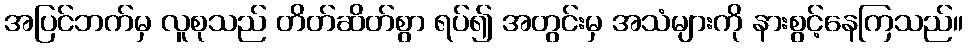
အပြင်ဘက်မှ လူစုသည် တိတ်ဆိတ်စွာ ရပ်၍ အတွင်းမှ အသံများကို နားစွင့်နေကြသည်။